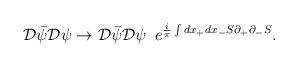
LaTeX: \begin{align*}{\cal D} {\bar \psi} {\cal D} \psi \rightarrow {\cal D}{\bar \psi} {\cal D} \psi \,\,\,{\displaystyle e}^{\frac{i}{\pi} \int dx_+ dx_- S\partial_+\partial_- S}. \end{align*}